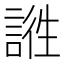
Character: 𲁬